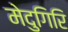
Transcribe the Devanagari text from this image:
मेदुगिरि